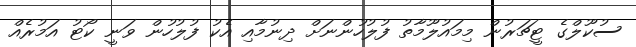
ސުކޫލްގެ ޓީޗަރުން މިމައުލޫމާތު ފުލުހުންނަށް ދިނުމާއި އެކު ފުލުހުން ވަނީ ކޯޓު އަމުރެއް